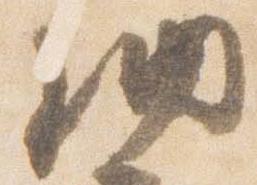
納